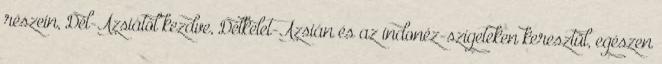
részein, Dél-Ázsiától kezdve, Délkelet-Ázsián és az indonéz-szigeteken keresztül, egészen